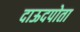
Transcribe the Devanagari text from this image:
दाऊदपोता